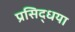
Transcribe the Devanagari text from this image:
प्रसिद्धया